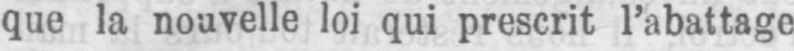
que la nouvelle loi qui prescrit l’abattage